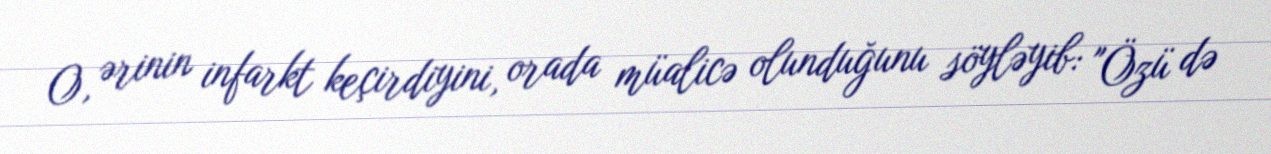
O, ərinin infarkt keçirdiyini, orada müalicə olunduğunu söyləyib: "Özü də